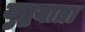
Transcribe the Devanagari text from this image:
युद्धयात्रा